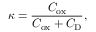
\kappa = { \frac { C _ { \mathrm { o x } } } { C _ { \mathrm { o x } } + C _ { \mathrm { D } } } } ,